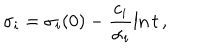
LaTeX: \sigma _ { i } = \sigma _ { i } ( 0 ) - \frac { c _ { i } } { \alpha _ { i } } \ln t \, ,